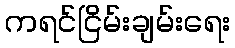
ကရင်ငြိမ်းချမ်းရေး